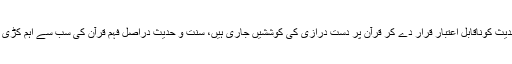
دوسرا راستہ دینی ہے، جس میں سنت وحدیث کوناقابل اعتبار قرار دے کر قرآن پر دست درازی کی کوششیں جاری ہیں، سنت و حدیث دراصل فہم قرآن کی سب سے اہم کڑی ہے، یہی قرآن کے معانی کی محافظ ہے۔